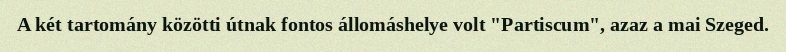
A két tartomány közötti útnak fontos állomáshelye volt "Partiscum", azaz a mai Szeged.